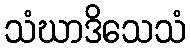
သံဃာဒိသေသံ